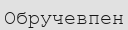
Обручевпен